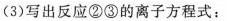
(3)写出反应②③的离子方程式：